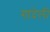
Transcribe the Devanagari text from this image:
गांदेली